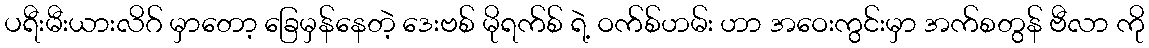
ပရီးမီးယားလိဂ် မှာတော့ ခြေမှန်နေတဲ့ ဒေးဗစ် မိုရက်စ် ရဲ့ ဝက်စ်ဟမ်း ဟာ အဝေးကွင်းမှာ အက်စတွန် ဗီလာ ကို